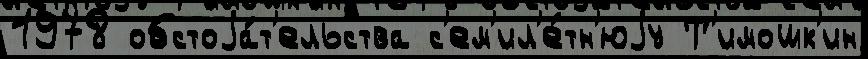
1978 обстоjа́т'ельства с'ем'ил'е́тн'юjу Т'имошк'ин